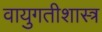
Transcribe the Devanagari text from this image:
वायुगतीशास्त्र